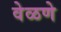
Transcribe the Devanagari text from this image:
वेळणे